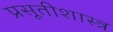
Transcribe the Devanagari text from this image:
प्रसूतीशास्त्र